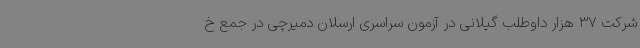
شرکت 37 هزار داوطلب گیلانی در آزمون سراسری ارسلان دمیرچی در جمع خ